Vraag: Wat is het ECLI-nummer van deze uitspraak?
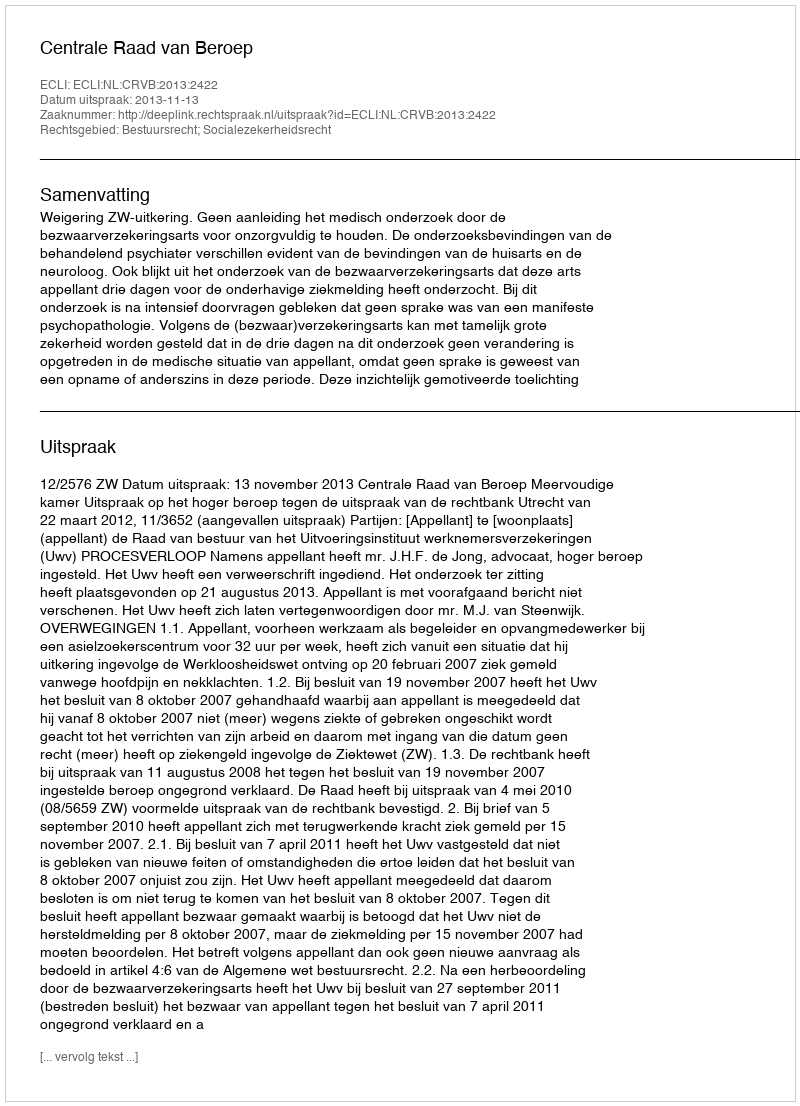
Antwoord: ECLI:NL:CRVB:2013:2422